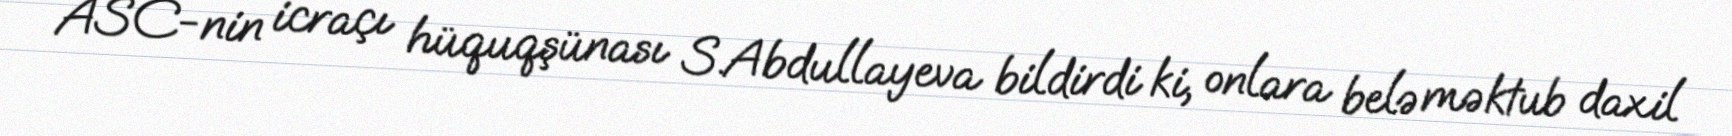
ASC-nin icraçı hüquqşünası S.Abdullayeva bildirdi ki, onlara belə məktub daxil